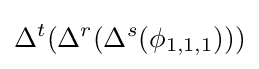
\Delta ^{t}(\Delta ^{r}(\Delta ^{s}(\phi _{1,1,1})))